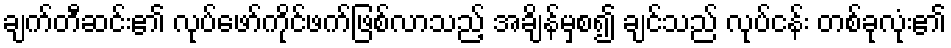
ချက်တီဆင်း၏ လုပ်ဖော်ကိုင်ဖက်ဖြစ်လာသည့် အချိန်မှစ၍ ချင်သည် လုပ်ငန်း တစ်ခုလုံး၏